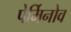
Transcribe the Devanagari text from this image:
पेर्मिनोव